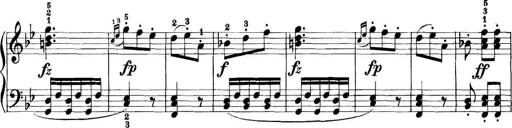
Title: 11 Sonatinas
Composer: Anton Diabelli